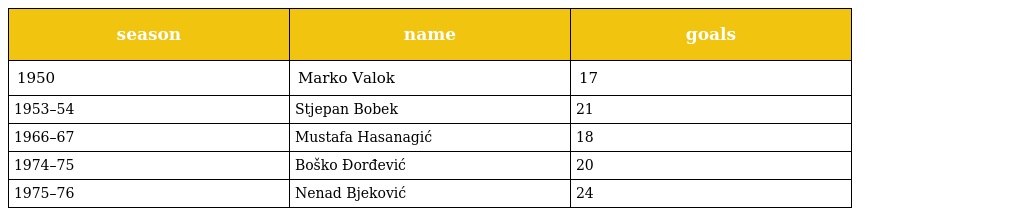
| season | name | goals |
 | --- | --- | --- |
 | 1950 | Marko Valok | 17 |
 | 1953–54 | Stjepan Bobek | 21 |
 | 1966–67 | Mustafa Hasanagić | 18 |
 | 1974–75 | Boško Đorđević | 20 |
 | 1975–76 | Nenad Bjeković | 24 |